Civil Veterinary Department. United Provinces 1923-31 - 1923-1931
Year: 1923
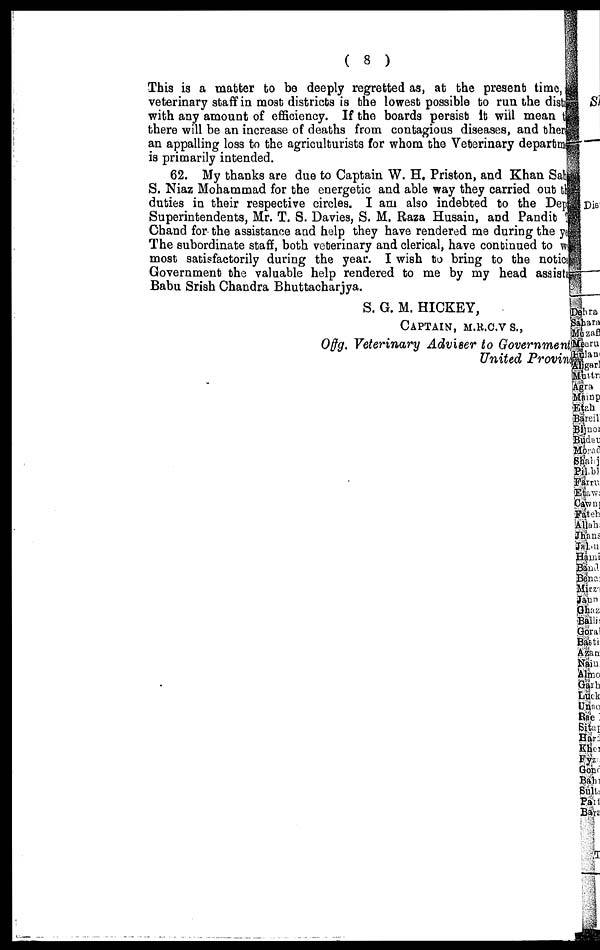
( 8 )
This is a matter to be deeply regretted as, at the present time,
veterinary staff in moat districts is the lowest possible to run the dist
with any amount of efficiency. If the boards persist It will mean
there will be an increase of deaths from contagious diseases, and the
an appalling loss to the agriculturists for whom the Veterinary departn
is primarily intended.
62. My thanks are due to Captain W. H. Priston, and Khan Salt
S. Niaz Mohammad for the energetic and able way they carried out the
duties in their respective circles. I am also indebted to the Dep
Superintendents, Mr. T. S. Davies, S. M. Raza Husain, and Pandit
Chand for the assistance and help they have rendered me during the year
The subordinate staff, both veterinary and clerical, have continued to w
most satisfactorily during the year. I wish to bring to the notice
Government the valuable help rendered to me by my head assist
Babu Srish Chandra Bhuttacharjya.
S. G. M. HICKEY,
CAPTAIN, M.R.C.V.S.,
Offg. Veterinary Adviser to Government
United Provin